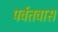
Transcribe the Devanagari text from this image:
पर्वतवास